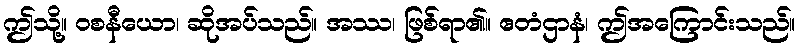
ဤသို့။ ဝစနီယော၊ ဆိုအပ်သည်။ အဿ၊ ဖြစ်ရာ၏။ ဧတံဌာနံ၊ ဤအကြောင်းသည်။